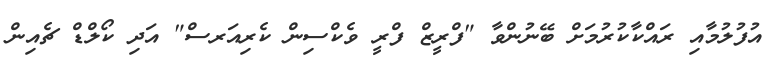
އުފުލުމާއި ރައްކާކުރުމަށް ބޭނުންވާ "ފްރީޒް ފްރީ ވެކްސިން ކެރިއަރސް" އަދި ކޯލްޑް ޗެއިން